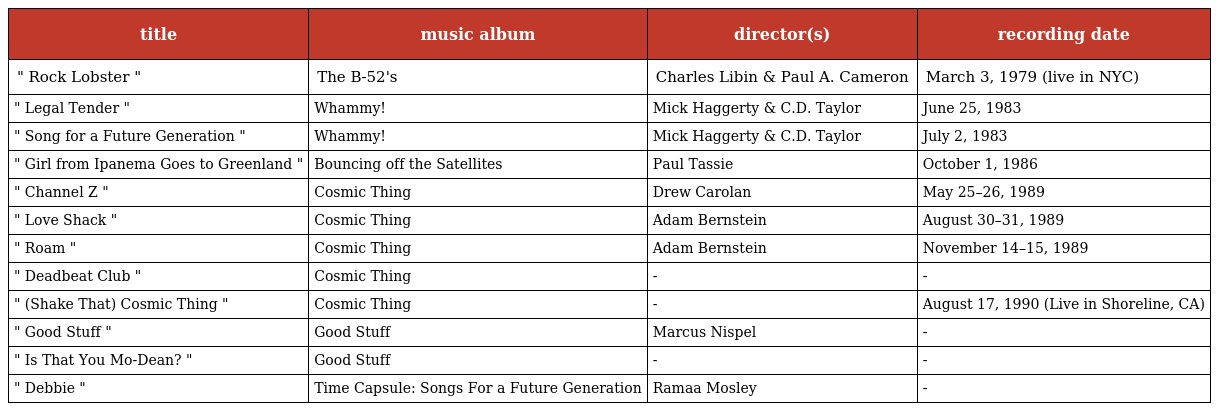
| title | music album | director(s) | recording date |
 | --- | --- | --- | --- |
 | " Rock Lobster " | The B-52's | Charles Libin & Paul A. Cameron | March 3, 1979 (live in NYC) |
 | " Legal Tender " | Whammy! | Mick Haggerty & C.D. Taylor | June 25, 1983 |
 | " Song for a Future Generation " | Whammy! | Mick Haggerty & C.D. Taylor | July 2, 1983 |
 | " Girl from Ipanema Goes to Greenland " | Bouncing off the Satellites | Paul Tassie | October 1, 1986 |
 | " Channel Z " | Cosmic Thing | Drew Carolan | May 25–26, 1989 |
 | " Love Shack " | Cosmic Thing | Adam Bernstein | August 30–31, 1989 |
 | " Roam " | Cosmic Thing | Adam Bernstein | November 14–15, 1989 |
 | " Deadbeat Club " | Cosmic Thing | - | - |
 | " (Shake That) Cosmic Thing " | Cosmic Thing | - | August 17, 1990 (Live in Shoreline, CA) |
 | " Good Stuff " | Good Stuff | Marcus Nispel | - |
 | " Is That You Mo-Dean? " | Good Stuff | - | - |
 | " Debbie " | Time Capsule: Songs For a Future Generation | Ramaa Mosley | - |